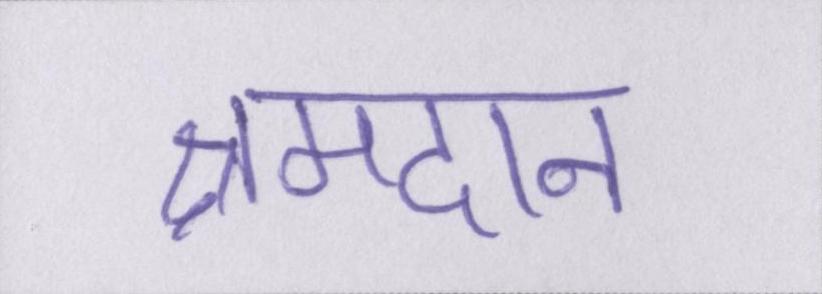
श्रमदान